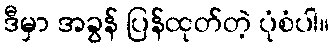
ဒီမှာ အခွန် ပြန်ထုတ်တဲ့ ပုံစံပါ။